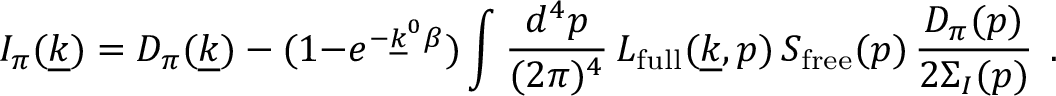
I _ { \pi } ( \underline { { { k } } } ) = D _ { \pi } ( \underline { { { k } } } ) - ( 1 { - } e ^ { - \underline { { { k } } } ^ { 0 } \beta } ) \int { \frac { d ^ { 4 } p } { ( 2 \pi ) ^ { 4 } } } \, L _ { \mathrm { f u l l } } ( \underline { { { k } } } , p ) \, S _ { \mathrm { f r e e } } ( p ) \, { \frac { D _ { \pi } ( p ) } { 2 \Sigma _ { I } ( p ) } } \, \; .